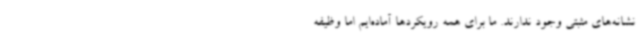
نشانه‌های مثبتی وجود ندارند. ما برای همه رویکردها آماده‌ایم اما وظیفه